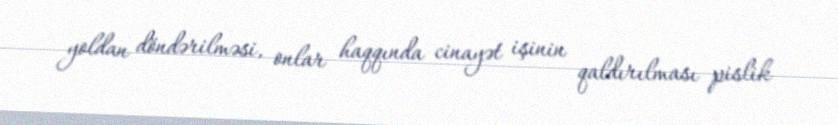
yoldan döndərilməsi, onlar haqqında cinayət işinin qaldırılması pislik